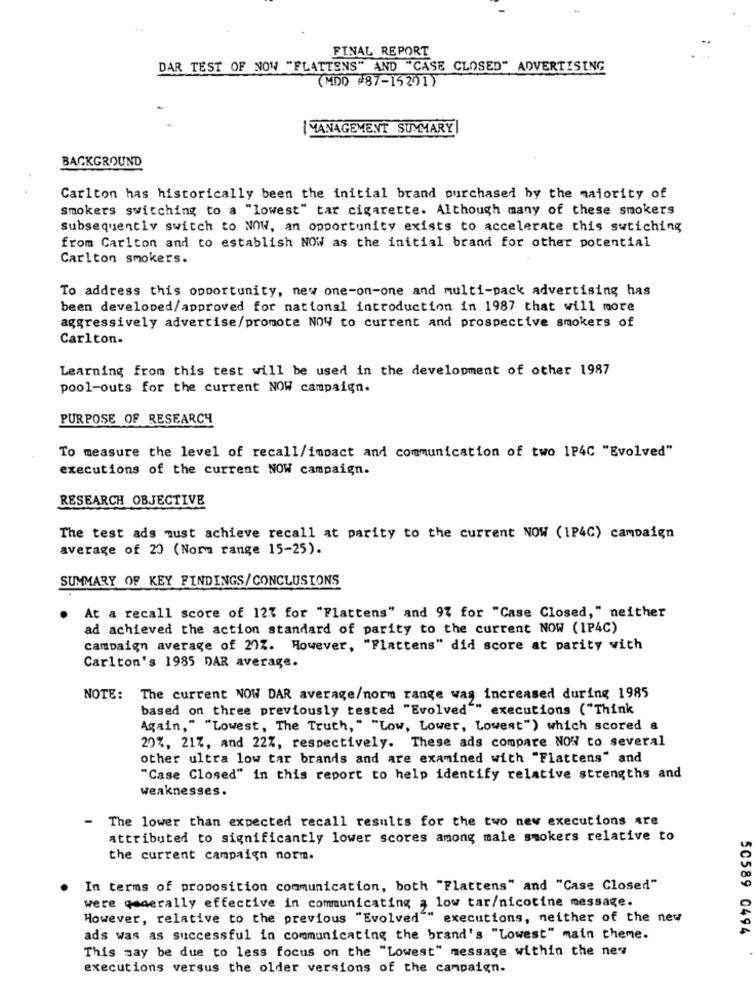
FINAL REPORT
DAR TEST OF NOW "FLATTENS" AND "CASE CLOSED" ADVERTISING
(MDD #87-15201)
I MANAGEMENT SUMMARY
BACKGROUND
Carlton has historically been the initial brand purchased by the majority of
smokers switching to a "lowest" tar cigarette. Although many of these smokers
subsequently switch to NOW, an opportunity exists to accelerate this swtiching
from Carlton and to establish NOW as the initial brand for other potential
Carlton smokers.
To address this opportunity, new one-on-one and multi-pack advertising has
been developed/approved for national introduction in 1987 that will more
aggressively advertise/promote NOW to current and prospective smokers of
Carlton.
Learning from this test will be used in the development of other 1987
pool-outs for the current NOW campaign.
PURPOSE OF RESEARCH
To measure the level of recall/impact and communication of two 1P4C "Evolved"
executions of the current NOW campaign.
RESEARCH OBJECTIVE
The test ads must achieve recall at parity to the current NOW (1P4C) campaign
average of 20 (Norm range 15-25).
SUMMARY OF KEY FINDINGS/CONCLUSIONS
At a recall score of 127 for "Flattens" and 97 for "Case Closed," neither
ad achieved the action standard of parity to the current NOW (1P4C)
campaign average of 202. However, "Flattens" did score at parity with
Carlton's 1985 DAR average.
NOTE: The current NOW DAR average/norm range was increased during 1985
based on three previously tested "Evolved"" executions ("Think
Again," "Lowest, The Truth, " "Low, Lower, Lowest") which scored a
20%, 217, and 22%, respectively. These ads compare NOW to several
other ultra low tar brands and are examined with "Flattens" and
"Case Closed" in this report to help identify relative strengths and
weaknesses.
The lower than expected recall results for the two new executions are
attributed to significantly lower scores among male smokers relative to
the current campaign norm.
In terms of proposition communication, both "Flattens" and "Case Closed"
were qeaerally effective in communicating , low tar/nicotine message.
However, relative to the previous "Evolved"" executions, neither of the new
50589 0494
ads was as successful in communicating the brand's "Lowest" main theme.
This may be due to less focus on the "Lowest" message within the new
executions versus the older versions of the campaign.